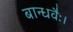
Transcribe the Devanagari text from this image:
बान्धवैः।